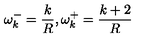
\omega _ { k } ^ { - } = \frac { k } { R } , \omega _ { k } ^ { + } = \frac { k + 2 } { R }